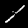
Digit: 1